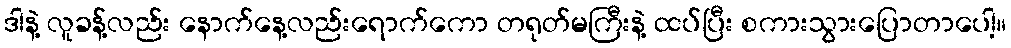
ဒါနဲ့ လူခန့်လည်း နောက်နေ့လည်းရောက်ကော တရုတ်မကြီးနဲ့ ထပ်ပြီး စကားသွားပြောတာပေါ့။